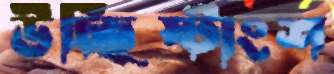
উচ্ছিষ্টাংশ